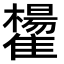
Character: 𩁒